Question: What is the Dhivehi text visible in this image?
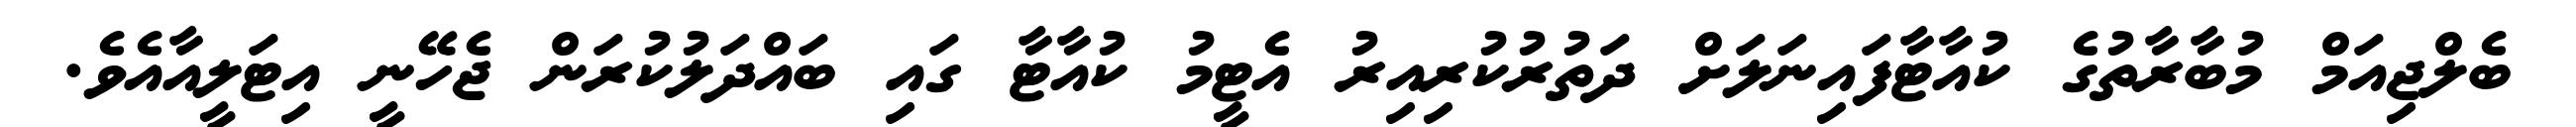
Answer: ބެލްޖިއަމް މުބާރާތުގެ ކުއާޓާފައިނަލަށް ދަތުރުކުރިއިރު އެޓީމު ކުއާޓާ ގައި ބައްދަލުކުރަން ޖެހޭނީ އިޓަލީއާއެވެ.